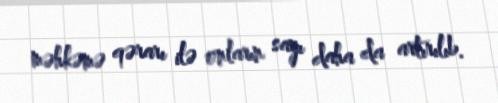
məhkəmə qərarı ilə onların sayı daha da artırılıb.